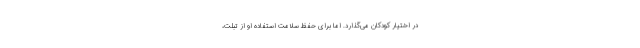
در اختیار کودکان می‌گذارد. اما برای حفظ سلامت استفاده او از تبلت،